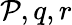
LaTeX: \mathcal{P},q,r